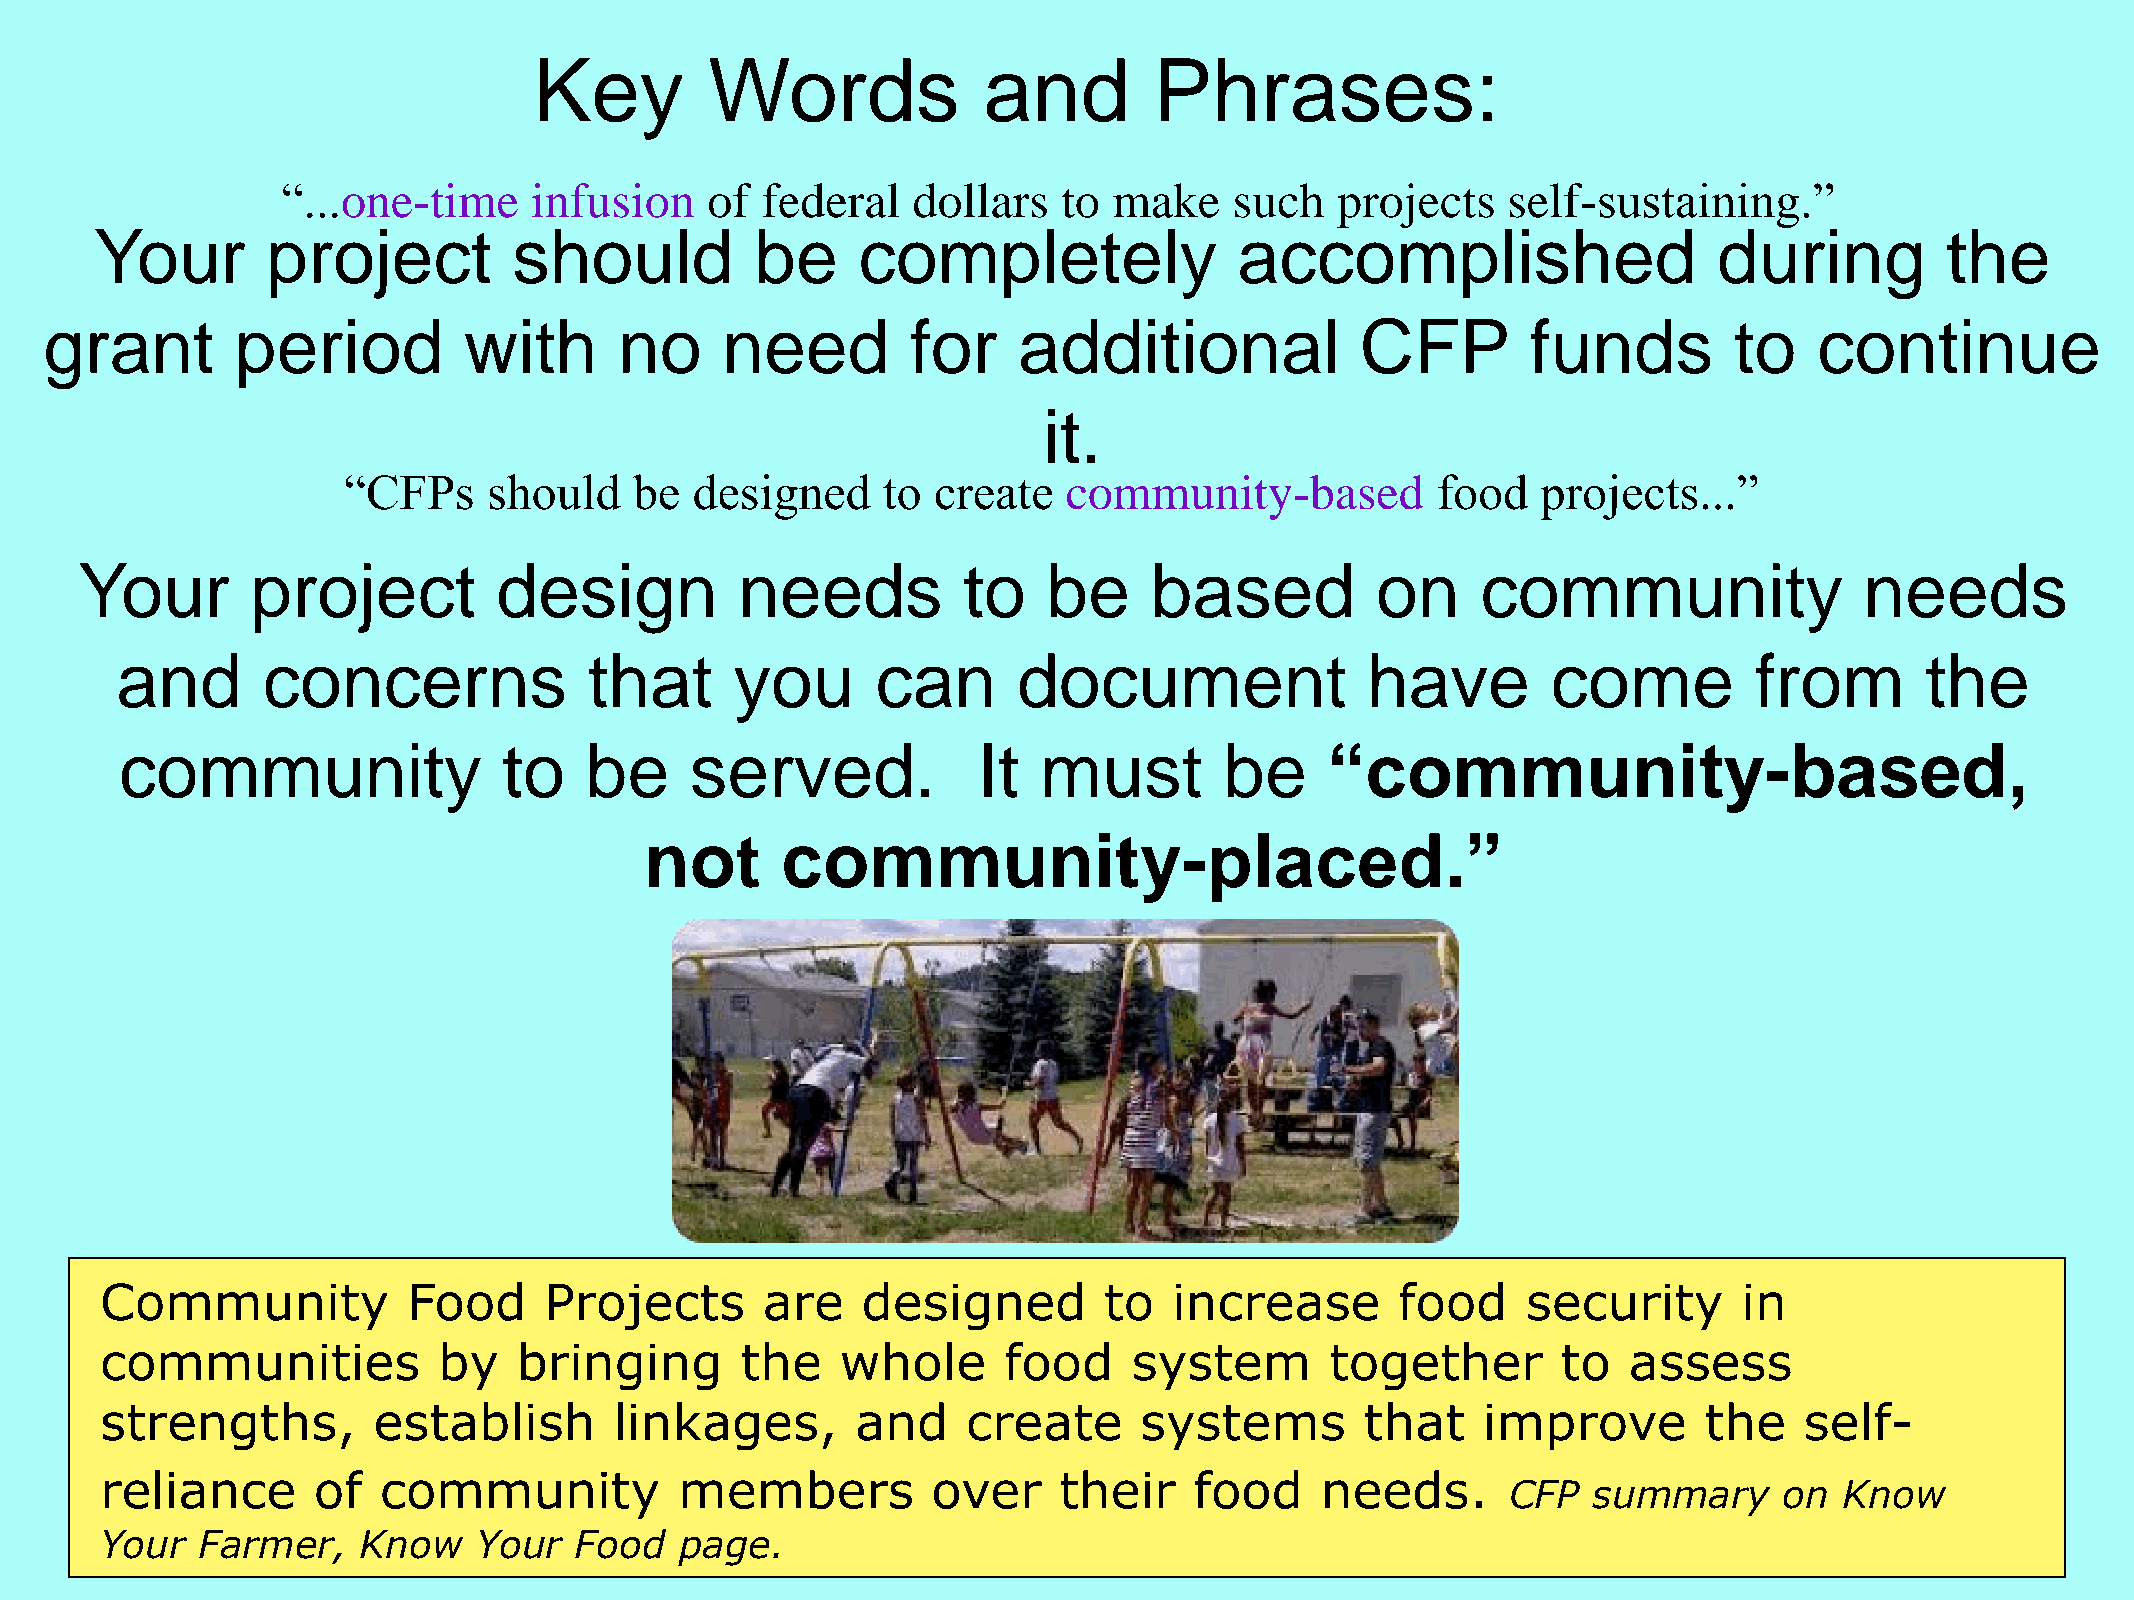
Key         Words             and        Phrases:
 “...one-time    infusion    of federal   dollars   to  make    such  projects    self-sustaining.”
 Your        project         should          be     completely               accomplished                    during         the
 grant        period         with      no     need        for    additional             CFP        funds         to   continue
 it.
 “CFPs    should    be  designed    to  create   community-based         food   projects...”
 Your        project         design          needs          to   be     based          on     community                needs
 and      concerns              that      you      can      document               have         come         from       the
 community                to    be     served.            It  must        be     “community-based,
 not      community-placed.”
 Community           Food     Projects      are    designed        to   increase       food    security      in
 communities           by   bringing       the    whole     food     system       together       to   assess
 strengths,        establish       linkages,       and    create     systems        that    improve        the   self-
 reliance      of  community           members          over    their    food    needs.
 CFP  summary      on  Know
 Your  Farmer,    Know    Your  Food   page.